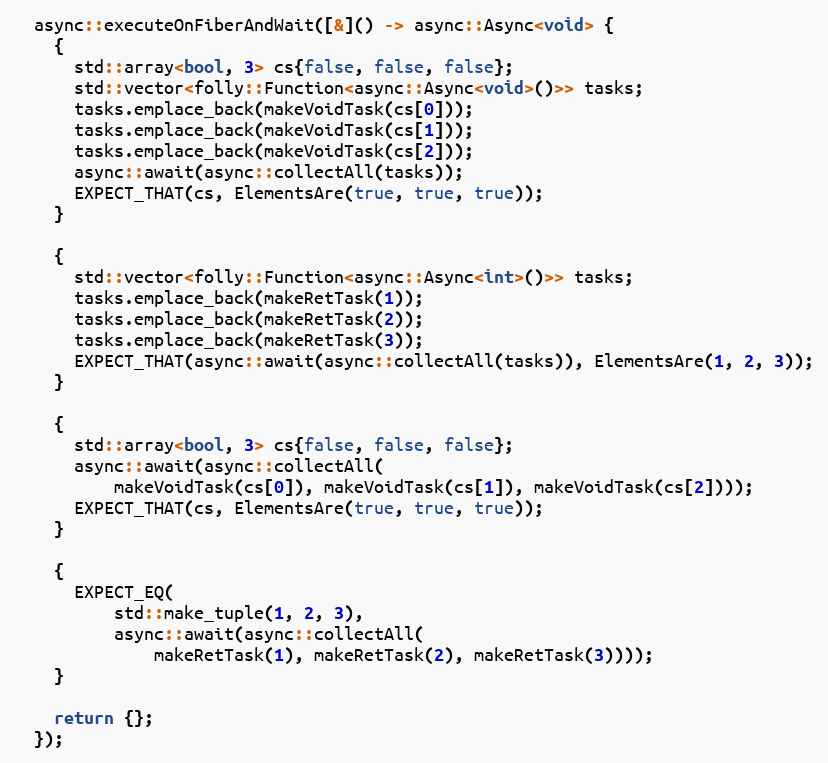
Language: C++
  async::executeOnFiberAndWait([&]() -> async::Async<void> {
    {
      std::array<bool, 3> cs{false, false, false};
      std::vector<folly::Function<async::Async<void>()>> tasks;
      tasks.emplace_back(makeVoidTask(cs[0]));
      tasks.emplace_back(makeVoidTask(cs[1]));
      tasks.emplace_back(makeVoidTask(cs[2]));
      async::await(async::collectAll(tasks));
      EXPECT_THAT(cs, ElementsAre(true, true, true));
    }

    {
      std::vector<folly::Function<async::Async<int>()>> tasks;
      tasks.emplace_back(makeRetTask(1));
      tasks.emplace_back(makeRetTask(2));
      tasks.emplace_back(makeRetTask(3));
      EXPECT_THAT(async::await(async::collectAll(tasks)), ElementsAre(1, 2, 3));
    }

    {
      std::array<bool, 3> cs{false, false, false};
      async::await(async::collectAll(
          makeVoidTask(cs[0]), makeVoidTask(cs[1]), makeVoidTask(cs[2])));
      EXPECT_THAT(cs, ElementsAre(true, true, true));
    }

    {
      EXPECT_EQ(
          std::make_tuple(1, 2, 3),
          async::await(async::collectAll(
              makeRetTask(1), makeRetTask(2), makeRetTask(3))));
    }

    return {};
  });